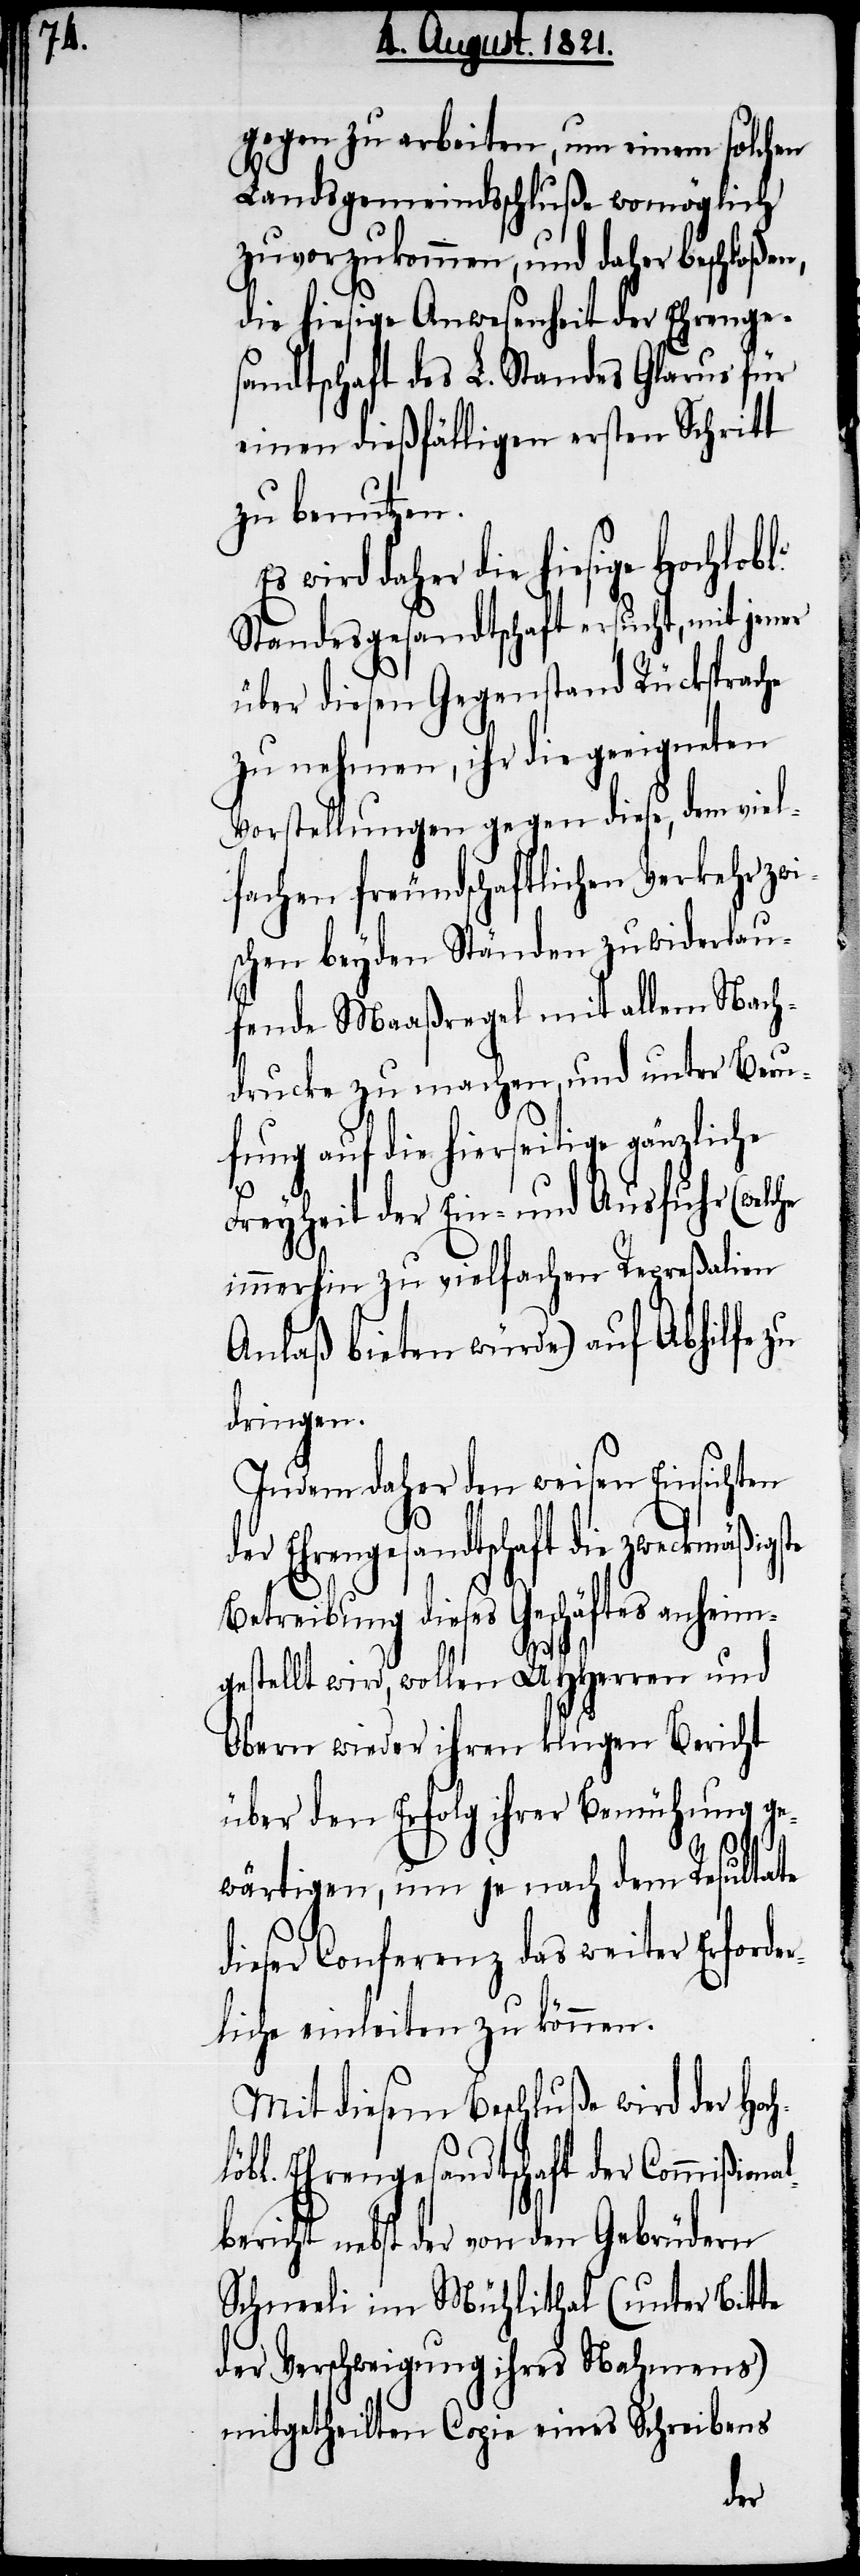
gegen zu arbeiten, um einem solchen
Landsgemeindsschluße womöglich
zuvorzukommen, und daher beschloßen,
die hiesige Anwesenheit der Ehrenge¬
sandtschaft des L. Standes Glarus für
einen dießfälligen ersten Schritt
zu benutzen.
onalbericht
Standesgesandtschaft ersucht, mit jener
über diesen Gegenstand Rücksprache
zu nehmen, ihr die geeigneten
Vorstellungen gegen diese, dem viel¬
fachen freundschaftlichen Verkehr zwi¬
schen beyden Ständen zuwiderlau¬
fende Maaßregel mit allem Nach¬
drucke zu machen, und unter Beru¬
fung auf die hierseitige gänzliche
Freyheit der Ein- und Ausfuhr (welche
immerhin zu vielfachen Repreßalien
Anlaß bieten würde) auf Abhilfe zu
dringen.
Indem daher den weisen Einsichten
l¬
Ehrengesandtschaft die
Betreibung dieses Geschäfts anheim¬
gestellt wird, wollen UHHerren und
Obern wieder ihren klugen Bericht
über den Erfolg ihrer Bemühungen ge¬
wärtigen, um je nach dem Resultate
dieser Conferenz das weiter Erforde¬
rliche einleiten zu können.
Mit diesem Beschluße wird der Hoch¬
öbl. Ehrengesandtschaft der Commißi¬
nebst der von den Gebrüdern
Schneeli im Mühlithal (unter Bitte
der Verschweigung ihres Nahmens)
mitgetheilten Copie eines Schreibens
der